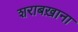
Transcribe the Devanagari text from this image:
शराबख़ाना